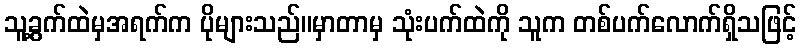
သူ့ခွက်ထဲမှအရက်က ပိုများသည်။မှာတာမှ သုံးပက်ထဲကို သူက တစ်ပက်လောက်ရှိသဖြင့်